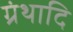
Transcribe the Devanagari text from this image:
ग्रंथादि